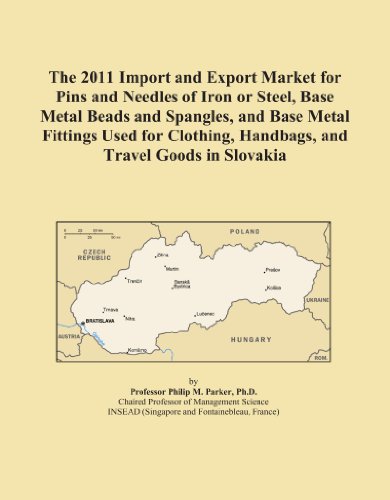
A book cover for The 2011 Import and Export Market for Pins and Needles of Iron or Steel, Base Metal Beads and Spangles, and Base Metal Fittings Used for Clothing, Handbags, and Travel Goods in Slovakia; Icon Group International; Travel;